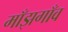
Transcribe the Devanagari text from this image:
माँझगाँव